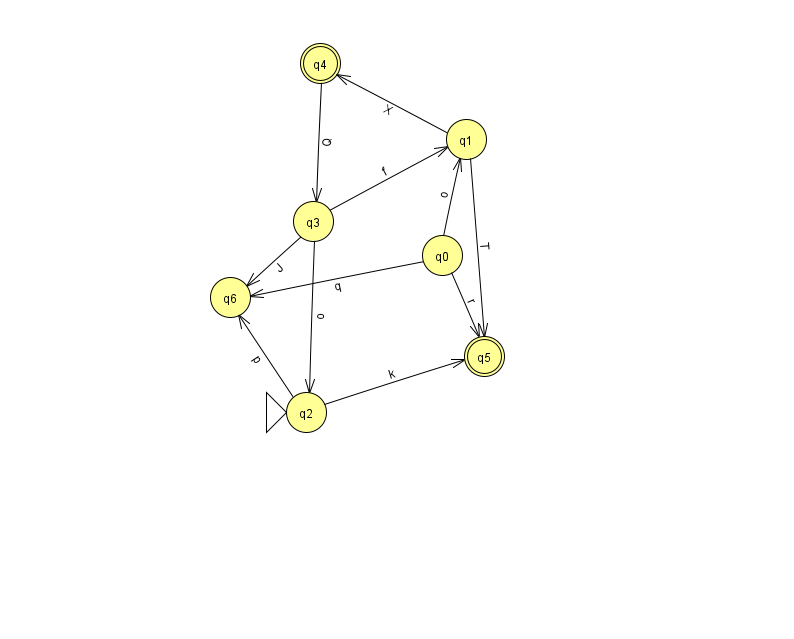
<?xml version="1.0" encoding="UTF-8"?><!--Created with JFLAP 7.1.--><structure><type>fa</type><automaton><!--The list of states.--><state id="0" name="q0"><x>442.0</x><y>242.0</y></state><state id="1" name="q1"><x>466.0</x><y>126.0</y></state><state id="2" name="q2"><x>306.0</x><y>399.0</y><initial/></state><state id="3" name="q3"><x>313.0</x><y>208.0</y></state><state id="4" name="q4"><x>320.0</x><y>50.0</y><final/></state><state id="5" name="q5"><x>484.0</x><y>343.0</y><final/></state><state id="6" name="q6"><x>230.0</x><y>284.0</y></state><!--The list of transitions.--><transition><from>4</from><to>3</to><read>Q</read></transition><transition><from>1</from><to>5</to><read>T</read></transition><transition><from>3</from><to>2</to><read>o</read></transition><transition><from>0</from><to>1</to><read>o</read></transition><transition><from>1</from><to>4</to><read>X</read></transition><transition><from>0</from><to>6</to><read>q</read></transition><transition><from>3</from><to>1</to><read>f</read></transition><transition><from>3</from><to>6</to><read>J</read></transition><transition><from>2</from><to>6</to><read>p</read></transition><transition><from>0</from><to>5</to><read>r</read></transition><transition><from>2</from><to>5</to><read>k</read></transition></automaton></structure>